Scottish Leaving Certificate Examination, 1951
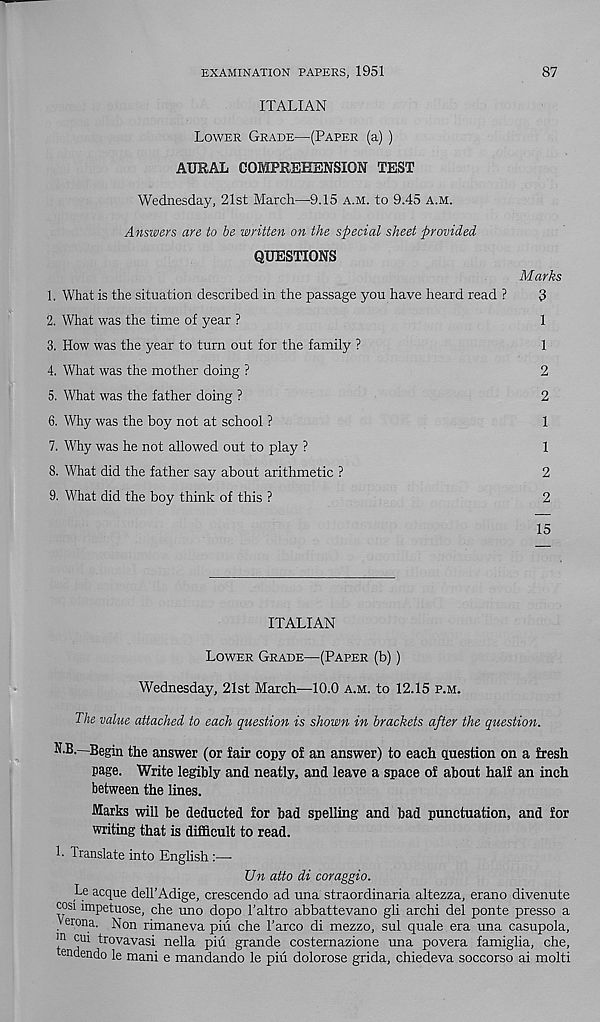
EXAMINATION PAPERS, 1951
87
ITALIAN
Lower Grade—(Paper (a) )
AURAL COMPREHENSION TEST
Wednesday, 21st March—9.15 a.m. to 9.45 a.m.
Answiers are to be written on the special sheet provided
QUESTIONS
Marks
1. What is the situation described in the passage you have heard read ?
3
2. What was the time of year ?
1
3. How was the year to turn out for the family ?
1
4. What was the mother doing ?
2
5. What was the father doing ?
2
6. Why was the boy not at school ?
1
7. Why was he not allowed out to play ?
1
8. What did the father say about arithmetic ?
2
9. What did the boy think of this ?
2
15
ITALIAN
Lower Grade—(Paper (b))
Wednesday, 21st March—10.0 a.m. to 12.15 p.m.
The value attached to each question is shown in brackets after the question.
N.B.—Begin the answer (or fair copy of an answer) to each question on a fresh
page. Write legibly and neatly, and leave a space of about half an inch
between the lines.
Marks will be deducted for bad spelling and bad punctuation, and for
writing that is difficult to read.
1 • Translate into English:—
Un atto di coraggio.
Le acque dell’Adige, crescendo ad una straordinaria altezza, erano divenute
cosi impetuose, che uno dopo Taltro abbattevano gli archi del ponte presso a
Verona. Non rimaneva piu che 1’arco di mezzo, sul quale era una casupola,
ln ‘; U1 trovavasi nella piu grande costernazione una povera famiglia, che,
endendo le mani e mandando le piu dolorose grida, chiedeva soccorso ai molti